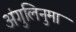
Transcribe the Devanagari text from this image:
अंगुलिनुमा